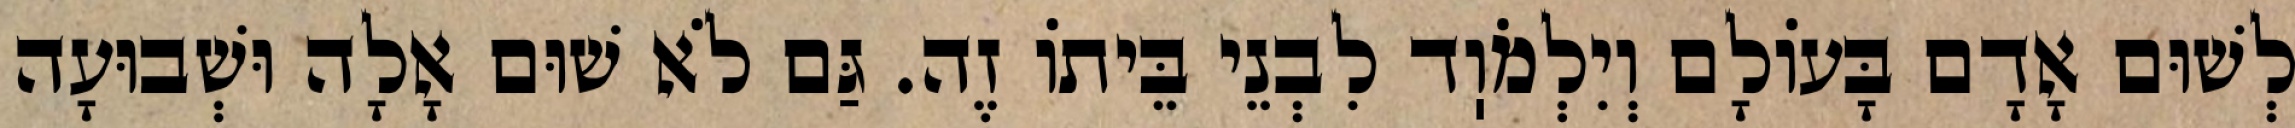
לְשׁוּם אָדָם בָּעוֹלָם וְיִלְמֹוֽד לִבְנֵי בֵּיתוֹ זֶה. גַּם לֹא שׁוּם אָלָה וּשְׁבוּעָה